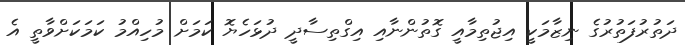
ދަތުރުފަތުރުގެ ނިޒާމަކީ އިޖުތިމާއީ ގޮތުންނާއި އިގްތިސާދީ ދުޅަހެޔޮ ކަމަށް މުހިއްމު ކަމަކަށްވާތީ އެ